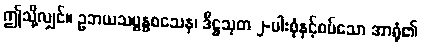
ဤသို့လျှင်။ ဥဘယသမ္ဗန္ဓဝသေန၊ ဒီဋ္ဌသုတ ၂-ပါးစုံနှင့်စပ်သော အာရုံ၏